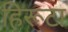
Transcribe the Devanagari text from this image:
हिरूटा